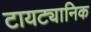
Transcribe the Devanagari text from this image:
टायट्यानिक